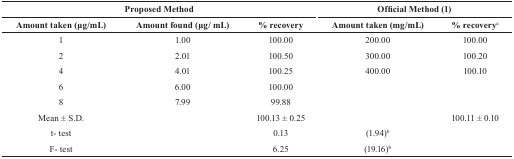
| <COLSPAN=3> Proposed Method | <COLSPAN=2> Official Method (1) |
 | Amount taken (μg/mL) | Amount found (μg/mL) | % recovery | Amount taken (mg/mL) | % recoverya |
 | --- | --- | --- | --- | --- |
 | 1 | 1.00 | 100.00 | 200.00 | 100.00 |
 | 2 | 2.01 | 100.50 | 300.00 | 100.20 |
 | 4 | 4.01 | 100.25 | 400.00 | 100.10 |
 | 6 | 6.00 | 100.00 |  |  |
 | 8 | 7.99 | 99.88 |  |  |
 | Mean ± S.D |  | 100.13 ± 0.25 |  | 100.11 ± 0.10 |
 | t- test |  | 0.13 | (1.94)b |  |
 | F- test |  | 6.25 | (19.16)b |  |